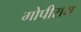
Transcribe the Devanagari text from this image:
गोपीराम